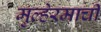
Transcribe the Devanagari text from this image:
मुल्हेरमाची